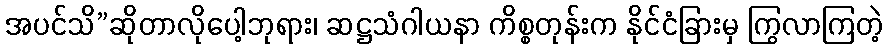
အပင်သိ”ဆိုတာလိုပေါ့ဘုရား၊ ဆဋ္ဌသံဂါယနာ ကိစ္စတုန်းက နိုင်ငံခြားမှ ကြွလာကြတဲ့